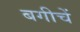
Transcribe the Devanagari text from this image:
बगीचें